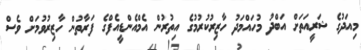
މިއަދުގެ ޝަރީއަތަށް އަބްދު މުހައްމަދު ހާޒިރުކުރުމުގެ އިތުރުން އެމްއެންޑީއެފްގެ ފަރާތުން ހާޒިރުވުމަށް ވެސް